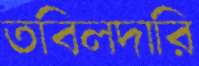
তবিলদারি